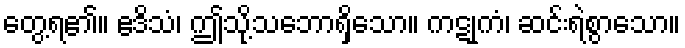
တွေ့ရ၏။ ဧဒိသံ၊ ဤသို့သဘောရှိသော။ ကဋုကံ၊ ဆင်းရဲစွာသော။